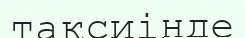
таксиінде